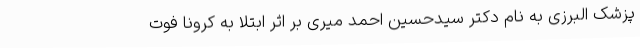
پزشک البرزی به نام دکتر سیدحسین احمد میری بر اثر ابتلا به کرونا فوت